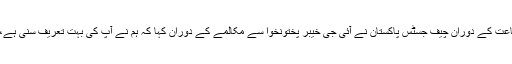
سپریم کورٹ پشاور رجسٹری میں کیس کی سماعت کے دوران چیف جسٹس پاکستان نے آئی جی خیبر پختونخوا سے مکالمے کے دوران کہا کہ ہم نے آپ کی بہت تعریف سنی ہے، دہشتگردی میں آپ کا بہت ذاتی نقصان ہوا ہے۔